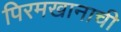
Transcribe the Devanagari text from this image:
पिरमखानाची